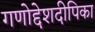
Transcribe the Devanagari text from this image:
गणोद्देशदीपिका